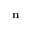
\mathbf { n }